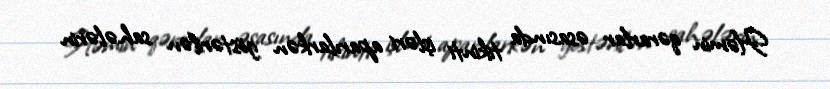
Həmin qərarlar əsasında tikinti işləri aparılarkən göstərilən sahələrin